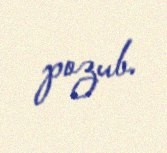
pozub.